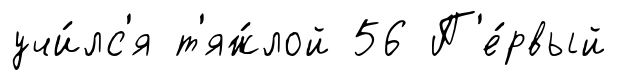
учи́лс'я т'яж́лой 56 П'е́рвый